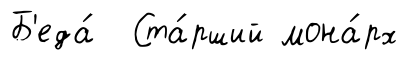
Б'еда́ Ста́рший мона́рх